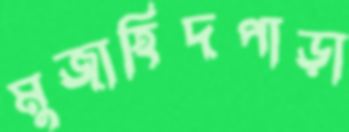
মুজাহিদপাড়া